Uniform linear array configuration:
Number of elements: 8
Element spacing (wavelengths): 0.75
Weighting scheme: blackman
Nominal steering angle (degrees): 15
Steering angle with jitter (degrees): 14.219
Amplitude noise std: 0.05
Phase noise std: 0.05

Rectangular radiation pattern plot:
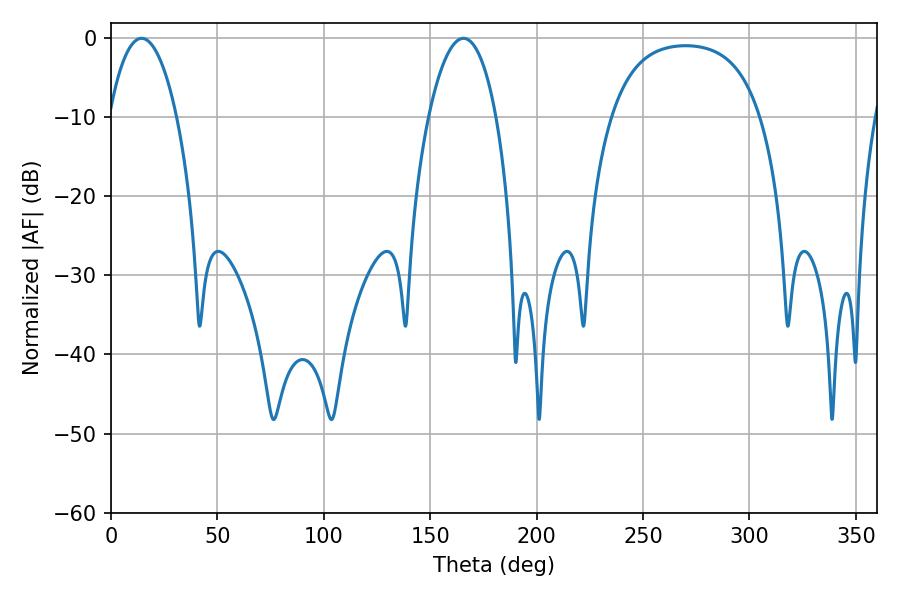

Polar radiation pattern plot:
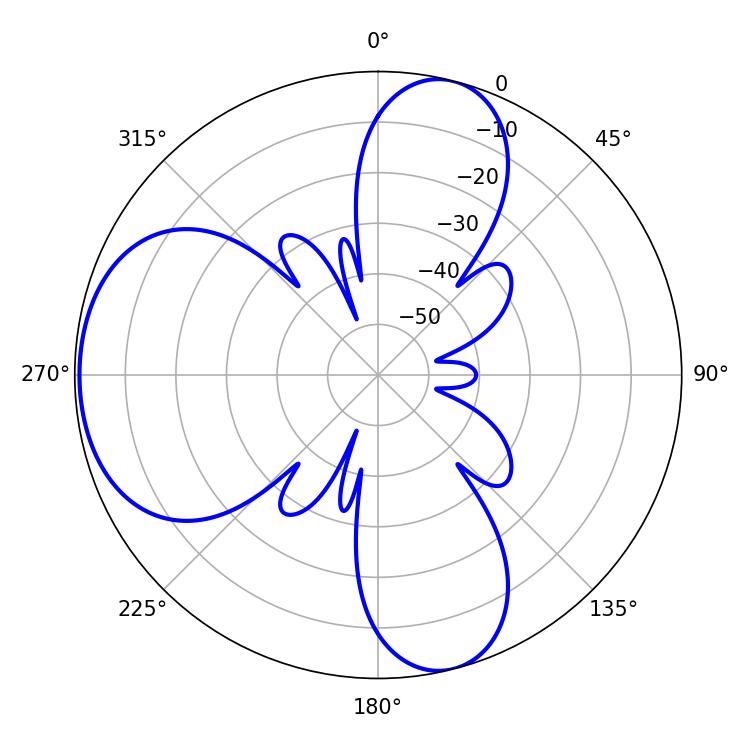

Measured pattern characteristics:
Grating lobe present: TRUE
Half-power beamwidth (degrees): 17.64
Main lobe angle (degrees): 14.4